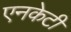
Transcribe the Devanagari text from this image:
एनकेटी